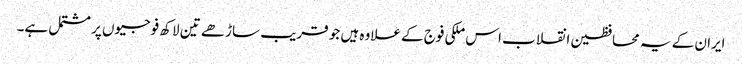
ایران کے یہ محافظین انقلاب اس ملکی فوج کے علاوہ ہیں جو قریب ساڑھے تین لاکھ فوجیوں پر مشتمل ہے۔